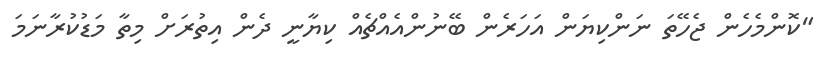
"ކޮންމެހެން ޖެހޭތަ ނަންކިޔަން އަހަރެން ބޭނުންއެއްޗެއް ކިޔާނީ ދެން އިތުރަށް މިތާ މަޑުކުރާނަމަ